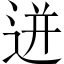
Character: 迸